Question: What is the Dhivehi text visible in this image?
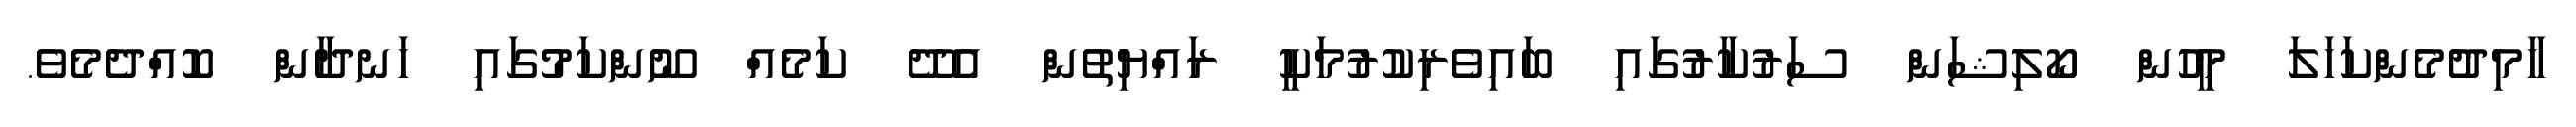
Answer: ހާމިދުމެންކަހަލަ މީހުން ކޯލިޝަން ސަރުކާރުގައި ބައިވެރިކުރުމަކީ ރައްޔިތުން އެދޭ ކަމެއް ނޫންކަމުގައި ހަނދާން ކޮއްދެމެވެ.